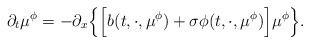
LaTeX: \begin{align*}\partial_t\mu^\phi = -\partial_x\Big\{\Big[ b(t, \cdot, \mu^\phi) + \sigma\phi(t, \cdot, \mu^\phi)\Big]\mu^\phi \Big\} .\end{align*}